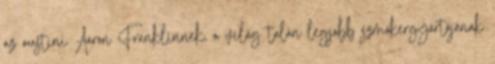
az austini Aaron Franklinnek, a világ talán legjobb szmókergyártójának